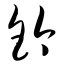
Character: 钤